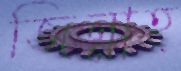
জিন্নাহ্